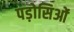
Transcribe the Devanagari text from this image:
पड़ोसिओं